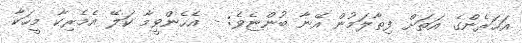
އަހަރެންގެ އަތަށް ފިތާލަމުން އޭނާ ބުންޏެވެ: - އެހެންވީމާ ކަލޭ އެމެރިކާ މީހަކާ